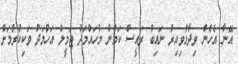
އޭނާ އެހެން ވިދާޅުވިއިރު ނައިބު ރައީސް ކަމުން މުހައްމަދު ޖަމީލް އަހުމަދު ވަކިކުރުމަށް